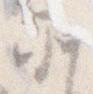
そ